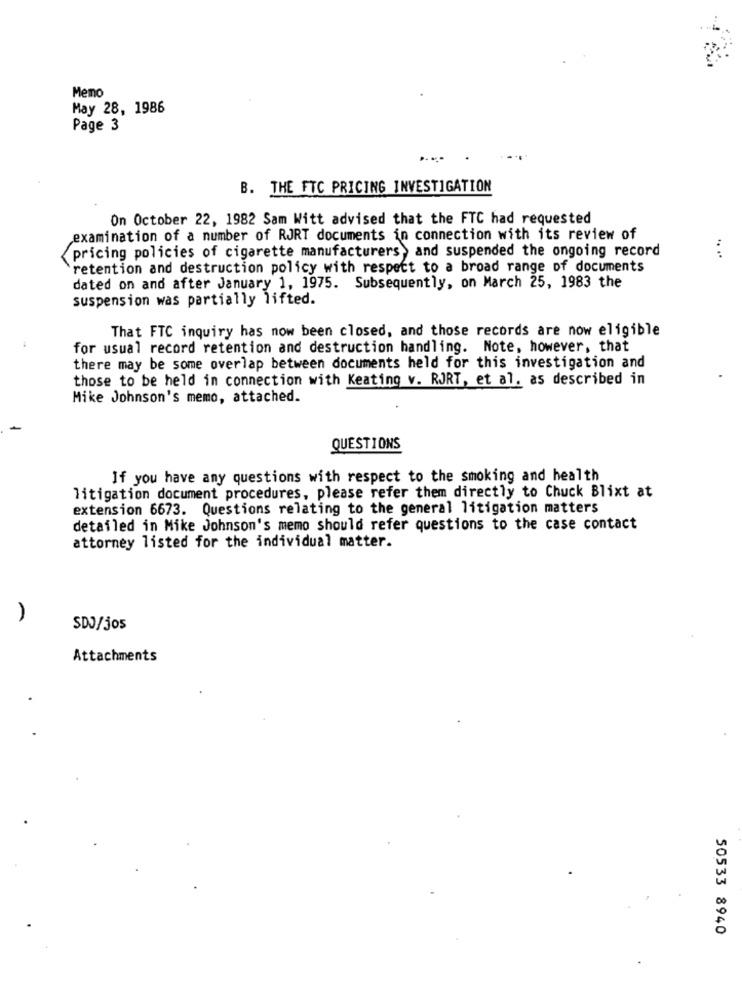
Memo
May 28, 1986
Page 3
B. THE FTC PRICING INVESTIGATION
On October 22, 1982 Sam Witt advised that the FTC had requested
examination of a number of RJRT documents in connection with its review of
pricing policies of cigarette manufacturers , and suspended the ongoing record
.. ..
retention and destruction policy with respect to a broad range of documents
dated on and after January 1, 1975. Subsequently, on March 25, 1983 the
suspension was partially lifted.
That FTC inquiry has now been closed, and those records are now eligible
for usual record retention and destruction handling. Note, however, that
there may be some overlap between documents held for this investigation and
those to be held in connection with Keating v. RJRT, et al. as described in
Mike Johnson's memo, attached.
QUESTIONS
If you have any questions with respect to the smoking and health
litigation document procedures, please refer them directly to Chuck Blixt at
extension 6673. Questions relating to the general litigation matters
detailed in Mike Johnson's memo should refer questions to the case contact
attorney listed for the individual matter.
SDJ/jos
Attachments
50533 8940